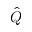
\hat { Q }